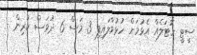
ސީޓީ ހޮޓަލެއް އެޅުމަށް ހުޅުވާލައިފި 3 މަސް 6 ދުވަސް ކުރިން -